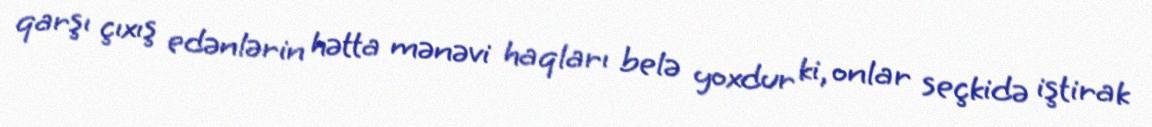
qarşı çıxış edənlərin hətta mənəvi haqları belə yoxdur ki, onlar seçkidə iştirak